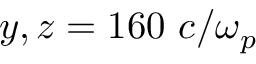
y , z = 1 6 0 ~ c / \omega _ { p }